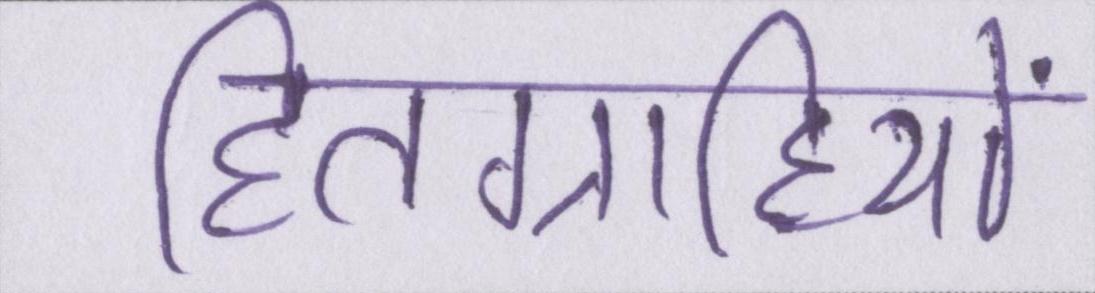
हितग्राहियों